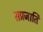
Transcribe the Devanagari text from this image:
सप्रजाति